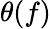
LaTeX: \theta(f)